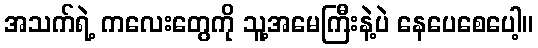
အသက်ရဲ့ ကလေးတွေကို သူ့အမေကြီးနဲ့ပဲ နေပေစေပေါ့။